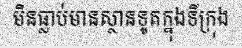
មិនធ្លាប់មានស្ថានទូតក្នុងទីក្រុង